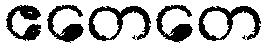
ဧတေတေ